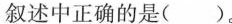
叙述中正确的是( )。